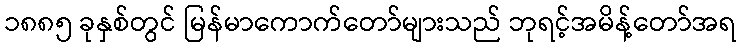
၁၈၈၅ ခုနှစ်တွင် မြန်မာကောက်တော်များသည် ဘုရင့်အမိန့်တော်အရ